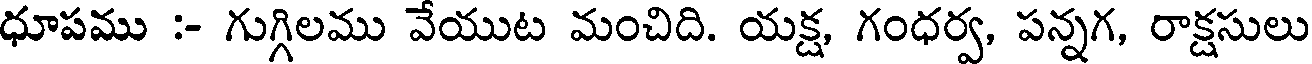
ధూపము :- గుగ్గిలము వేయుట మంచిది. యక్ష, గంధర్వ, పన్నగ, రాక్షసులు